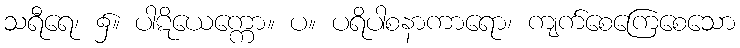
သရီရေ၊ ၌။ ပါဋိယေက္ကော။ ပ။ ပရိပါစနာကာရော၊ ကျက်စေကြေစေသော